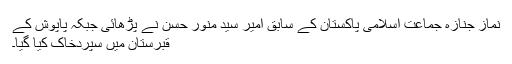
نماز جنازہ جماعت اسلامی پاکستان کے سابق امیر سید منور حسن نے پڑھائی جبکہ پاپوش کے
قبرستان میں سپردخاک کیا گیا۔